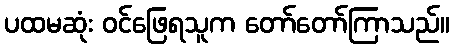
ပထမဆုံး ဝင်ဖြေရသူက တော်တော်ကြာသည်။